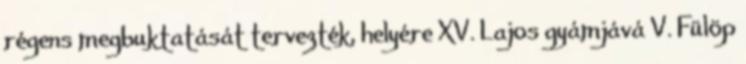
régens megbuktatását tervezték, helyére XV. Lajos gyámjává V. Fülöp